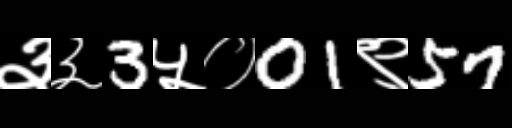
Text: ३३3५०01९57